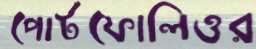
পোর্টফোলিওর